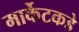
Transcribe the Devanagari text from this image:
मार्केटकडे